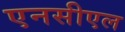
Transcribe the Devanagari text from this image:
एनसीएल